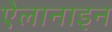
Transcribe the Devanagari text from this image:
ऐलानाइन